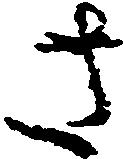
さ